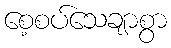
စေ့စပ်သေချာစွာ